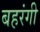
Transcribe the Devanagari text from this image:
बहरंगी